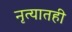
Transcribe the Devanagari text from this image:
नृत्यातही